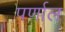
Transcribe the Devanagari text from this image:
पर्णाल